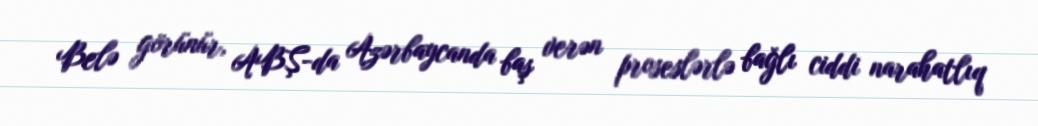
Belə görünür, ABŞ-da Azərbaycanda baş verən proseslərlə bağlı ciddi narahatlıq